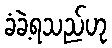
ခံခဲ့ရသည်ဟု